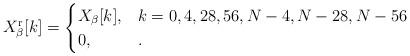
LaTeX: \begin{align*}{X}_{\beta}^{\rm{r}}[k] = \begin{cases}{X}_{\beta}[k], & k = 0,4,28,56,N-4,N-28,N-56\\0, & . \end{cases} \end{align*}